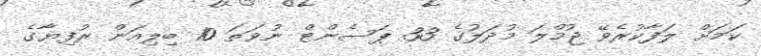
ކަމަށް ލަފާކުރެވޭ ޖުމްލަ މުދަލުގެ 33 ޕަސެންޓް ނުވަތަ 10 ބިލިއަން ރުފިޔާގެ